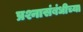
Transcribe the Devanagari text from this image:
प्रश्नासंबंधीच्या